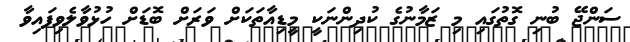
ސަންޖޭ ބުނި ގޮތުގައި މި ޒަމާނުގެ ކުދިންނަކީ މީޑިއާތަކަށް ވަރަށް ބޮޑަށް ހުޅުވާލެވިފައިވާ